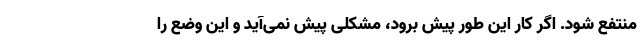
منتفع شود. اگر کار این طور پیش برود، مشکلی پیش نمی‌آید و این وضع را